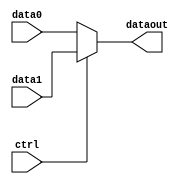
`timescale 1ns / 1ps

module MUX(
    input [31:0] data0,
    input [31:0] data1,
    input ctrl,
    output reg [31:0] dataout
);

always@(*) begin
    if(ctrl)
        dataout = data1;
    else
        dataout = data0;
end

endmodule